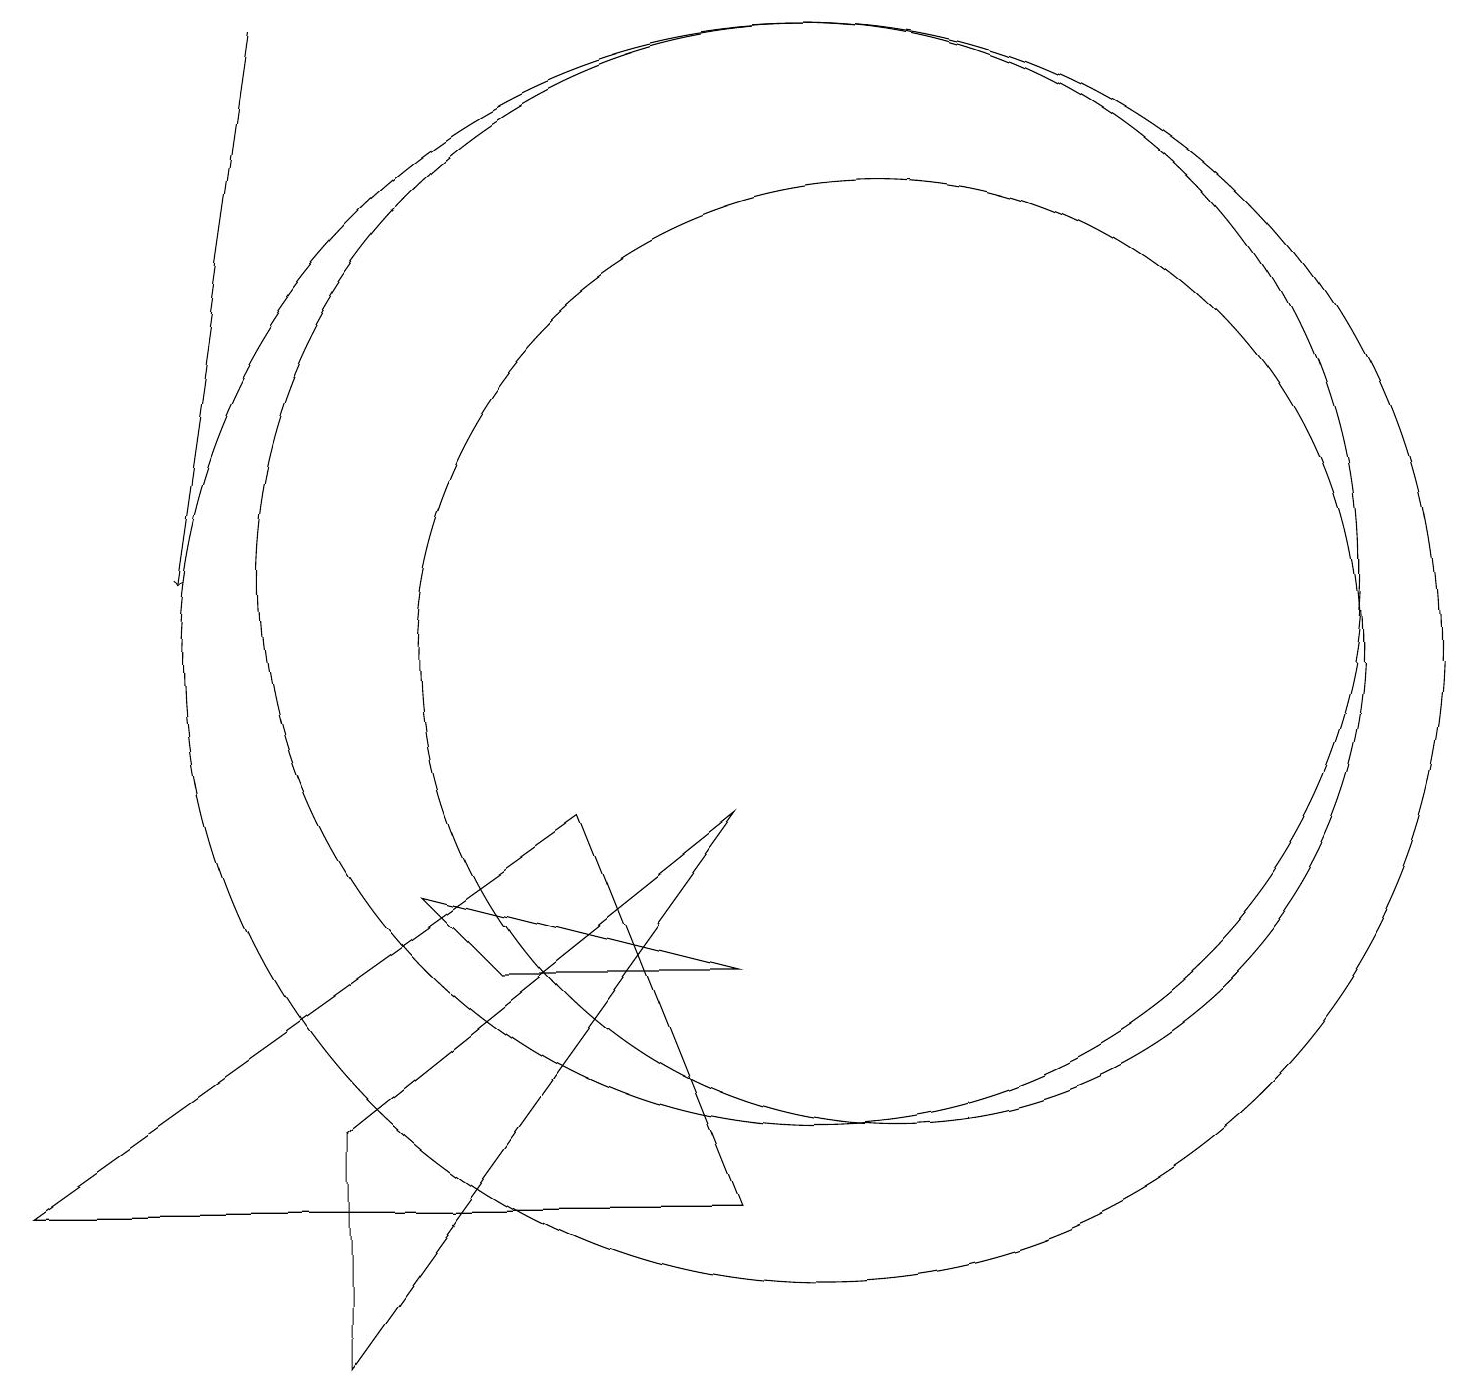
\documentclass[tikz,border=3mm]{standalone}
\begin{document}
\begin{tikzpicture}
\draw[->] (3,18) -- (2,11);
\draw (9,3) -- (7,8) -- (0,3) -- cycle;
\draw (9,6) -- (5,7) -- (6,6) -- cycle;
\draw (10,11) circle (7);
\draw (10,10) circle (8);
\draw (11,10) circle (6);
\draw (9,8) -- (4,1) -- (4,4) -- cycle;
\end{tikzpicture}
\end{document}